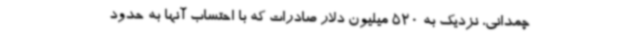
چمدانی، نزدیک به 520 میلیون دلار صادرات که با احتساب آنها به حدود